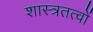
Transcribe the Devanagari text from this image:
शास्त्रतत्वों